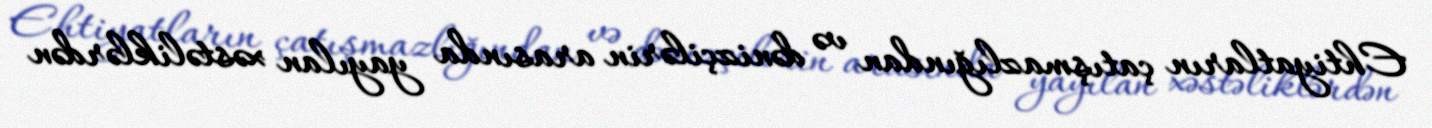
Ehtiyatların çatışmazlığından və dənizçilərin arasında yayılan xəstəliklərdən